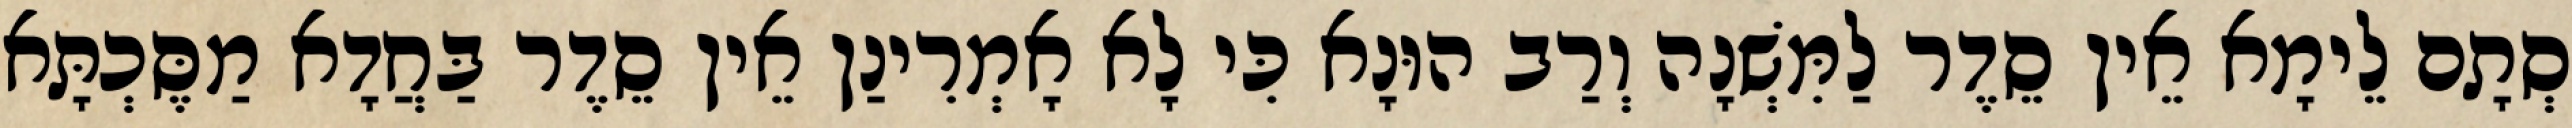
סְתָם לֵימָא אֵין סֵדֶר לַמִּשְׁנָה וְרַב הוּנָא כִּי לָא אָמְרִינַן אֵין סֵדֶר בַּחֲדָא מַסֶּכְתָּא